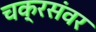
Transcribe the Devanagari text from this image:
चक्रसंवर